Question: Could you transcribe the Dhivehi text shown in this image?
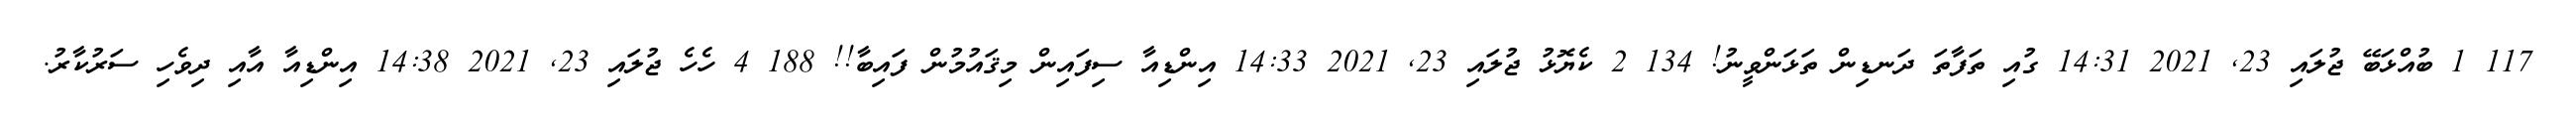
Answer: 117 1 ބުއްޅަބޭ ޖުލައި 23, 2021 14:31 ގުއި ތަފާތަ ދަނޑިން ތަޅަންވީނު! 134 2 ކެޔޮޅު ޖުލައި 23, 2021 14:33 އިންޑިއާ ސިފައިން މިޤައުމުން ފައިބާ!! 188 4 ހެހެ ޖުލައި 23, 2021 14:38 އިންޑިއާ އާއި ދިވެހި ސަރުކާރު.